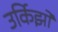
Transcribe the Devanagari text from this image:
उर्किझो